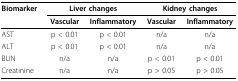
<table><thead><tr><td><b>Biomarker</b></td><td colspan="2"><b>Liver changes</b></td><td colspan="2"><b>Kidney changes</b></td></tr><tr><td></td><td><b>Vascular</b></td><td><b>Inflammatory</b></td><td><b>Vascular</b></td><td><b>Inflammatory</b></td></tr></thead><tbody><tr><td>AST</td><td>p &lt; 0.01</td><td>p &lt; 0.01</td><td>n/a</td><td>n/a</td></tr><tr><td>ALT</td><td>p &lt; 0.01</td><td>p &lt; 0.01</td><td>n/a</td><td>n/a</td></tr><tr><td>BUN</td><td>n/a</td><td>n/a</td><td>p &lt; 0.01</td><td>p &lt; 0.01</td></tr><tr><td>Creatinine</td><td>n/a</td><td>n/a</td><td>p &gt; 0.05</td><td>p &gt; 0.05</td></tr></tbody></table>